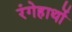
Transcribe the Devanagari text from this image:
रंगेहाथों